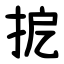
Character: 㧖